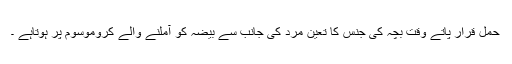
حمل قرار پاتے وقت بچہ کی جنس کا تعین مرد کی جانب سے بیضہ کو آملنے والے کروموسوم پر ہوتاہے ۔